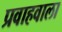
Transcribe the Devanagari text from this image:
प्रवाहवाला